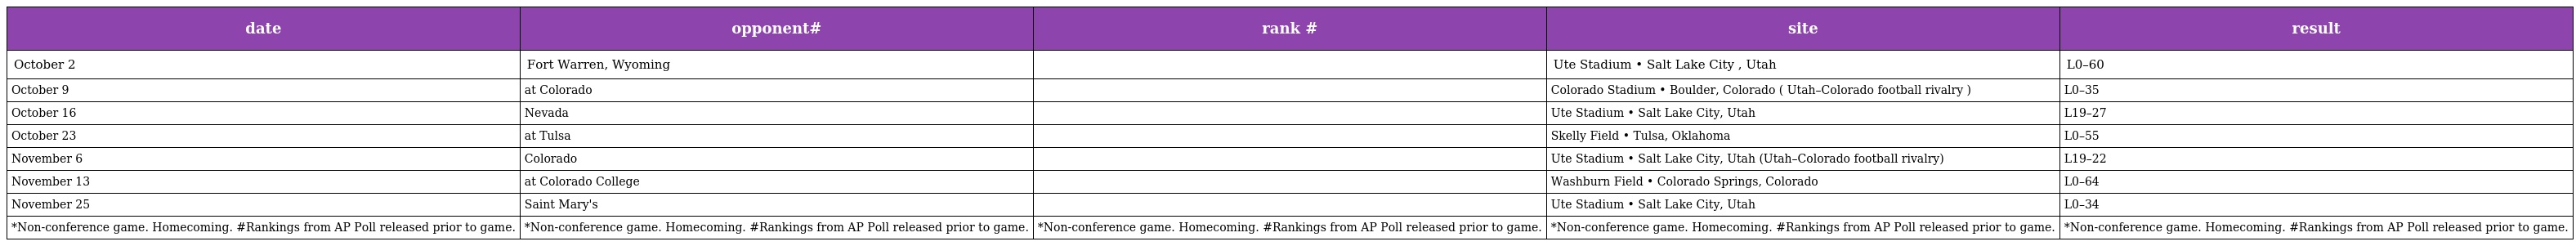
| date | opponent# | rank # | site | result |
 | --- | --- | --- | --- | --- |
 | October 2 | Fort Warren, Wyoming |  | Ute Stadium • Salt Lake City , Utah | L0–60 |
 | October 9 | at Colorado |  | Colorado Stadium • Boulder, Colorado ( Utah–Colorado football rivalry ) | L0–35 |
 | October 16 | Nevada |  | Ute Stadium • Salt Lake City, Utah | L19–27 |
 | October 23 | at Tulsa |  | Skelly Field • Tulsa, Oklahoma | L0–55 |
 | November 6 | Colorado |  | Ute Stadium • Salt Lake City, Utah (Utah–Colorado football rivalry) | L19–22 |
 | November 13 | at Colorado College |  | Washburn Field • Colorado Springs, Colorado | L0–64 |
 | November 25 | Saint Mary's |  | Ute Stadium • Salt Lake City, Utah | L0–34 |
 | *Non-conference game. Homecoming. #Rankings from AP Poll released prior to game. | *Non-conference game. Homecoming. #Rankings from AP Poll released prior to game. | *Non-conference game. Homecoming. #Rankings from AP Poll released prior to game. | *Non-conference game. Homecoming. #Rankings from AP Poll released prior to game. | *Non-conference game. Homecoming. #Rankings from AP Poll released prior to game. |